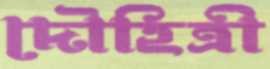
দৌহিত্রী